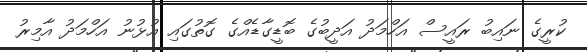
ކުރީގެ ނައިބު ރައީސް އަހްމަދު އަދީބުގެ ބޮޑީގާޑެއްގެ ގޮތުގައި އުޅުނު އަހްމަދު އާމިރު